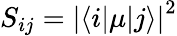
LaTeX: S_{ij}=\left\lvert\langle i\lvert\mu\lvert j\rangle\right\lvert^{2}